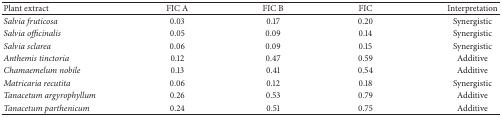
<table><thead><tr><td><b>Plant extract</b></td><td><b>FIC A</b></td><td><b>FIC B</b></td><td><b>FIC</b></td><td><b>Interpretation</b></td></tr></thead><tbody><tr><td><i>Salvia fruticosa </i></td><td>0.03</td><td>0.17</td><td>0.20</td><td>Synergistic</td></tr><tr><td><i>Salvia officinalis </i></td><td>0.05</td><td>0.09</td><td>0.14</td><td>Synergistic</td></tr><tr><td><i>Salvia sclarea </i></td><td>0.06</td><td>0.09</td><td>0.15</td><td>Synergistic</td></tr><tr><td><i>Anthemis tinctoria </i></td><td>0.12</td><td>0.47</td><td>0.59</td><td>Additive</td></tr><tr><td><i>Chamaemelum nobile </i></td><td>0.13</td><td>0.41</td><td>0.54</td><td>Additive</td></tr><tr><td><i>Matricaria recutita </i></td><td>0.06</td><td>0.12</td><td>0.18</td><td>Synergistic</td></tr><tr><td><i>Tanacetum argyrophyllum </i></td><td>0.26</td><td>0.53</td><td>0.79</td><td>Additive</td></tr><tr><td><i>Tanacetum parthenicum </i></td><td>0.24</td><td>0.51</td><td>0.75</td><td>Additive</td></tr></tbody></table>